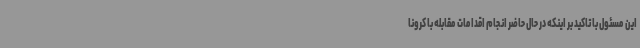
این مسئول با تاکید بر اینکه در حال حاضر انجام اقدامات مقابله با کرونا